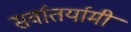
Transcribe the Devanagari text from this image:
सर्वातर्यामी